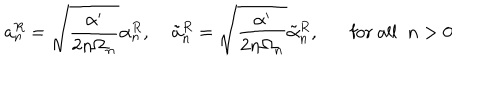
LaTeX: a _ { n } ^ { R } = \sqrt { \frac { \alpha ^ { \prime } } { 2 n \Omega _ { n } } } \alpha _ { n } ^ { R } , \; \tilde { a } _ { n } ^ { R } = \sqrt { \frac { \alpha ^ { \prime } } { 2 n \Omega _ { n } } } \tilde { \alpha } _ { n } ^ { R } , \mathrm { f o r ~ a l l } \; \; n > 0